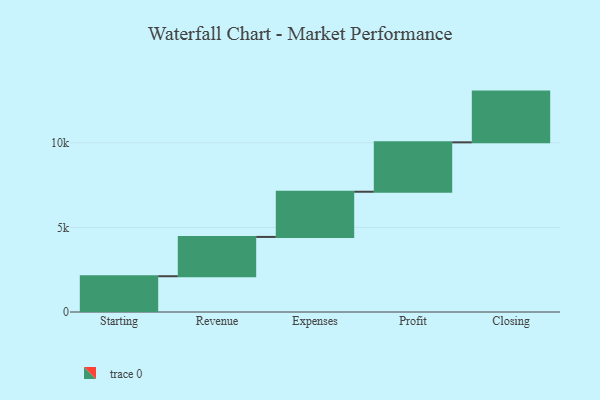
{"axis": {"x": "Step", "y": "Value"}, "legend": [""], "data": [{"x": "Starting", "y": 2115.0, "type": ""}, {"x": "Revenue", "y": 2323.0, "type": ""}, {"x": "Expenses", "y": 2672.0, "type": ""}, {"x": "Profit", "y": 2920.0, "type": ""}, {"x": "Closing", "y": 3000, "type": ""}]}